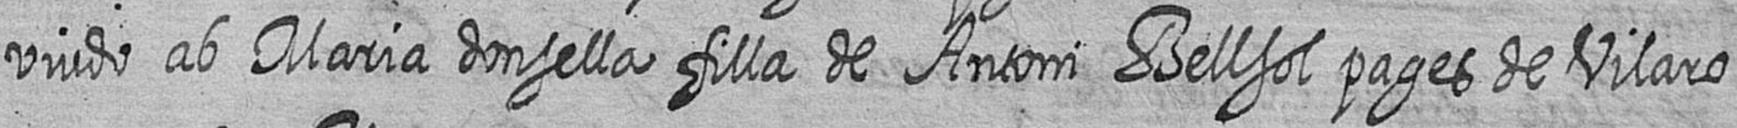
viudo ab Maria donsella filla de Antoni Bellsol pages de Vilaro